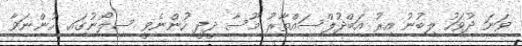
ވަނަ ދުވަަހު ލިބުނު އިރު އަބްދުލްސައްތާރު މޫސާ ދީދީ ހުންނެވީ ސިލޯނުގައި ހުންނަވާ